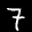
Label: 7